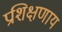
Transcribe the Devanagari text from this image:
प्रशिक्षणाय